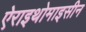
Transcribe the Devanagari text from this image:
ऐराइथोमाइसीन